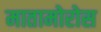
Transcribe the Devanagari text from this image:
मातामोरोस